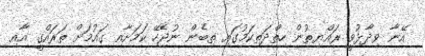
އޭނާ ވިދާޅުވީ ރައްޔިތުން ހިތްދަތިކަމުގައި ތިބެން ނުޖެހޭ ކަމަށާއި ގައުމަށް ތަރައްގީ އާއި